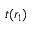
t ( r _ { 1 } )